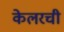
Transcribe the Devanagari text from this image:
केलरची